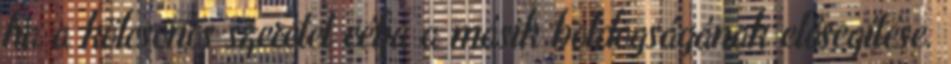
ha a kölcsönös szeretet célja a másik boldogságának elősegítése.